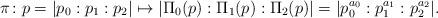
LaTeX: \begin{align*} \pi\colon p=|p_0:p_1:p_2|\mapsto|\Pi_0(p):\Pi_1(p):\Pi_2(p)| = |p_0^{a_0}:p_1^{a_1}:p_2^{a_2}|. \end{align*}